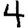
Digit: 4